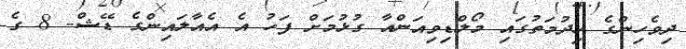
ދިވެހިންގެ ހިދުމަތުގައި މޯލްޑިވިއަންއާ ގުޅުމަށް ފަހު އެ އެއާލައިންގެ ޑޭޝް- 8 ގެ